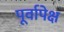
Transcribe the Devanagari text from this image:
पूर्वापेक्ष